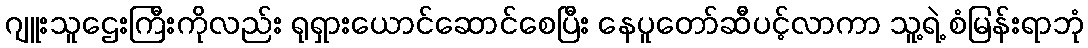
ဂျူးသူဌေးကြီးကိုလည်း ရုရှားယောင်ဆောင်စေပြီး နေပူတော်ဆီပင့်လာကာ သူ့ရဲ့ စံမြန်းရာဘုံ